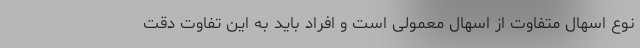
نوع اسهال متفاوت از اسهال معمولی است و افراد باید به این تفاوت دقت